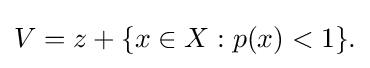
{\textstyle V=z+\{x\in X:p(x)<1\}.}